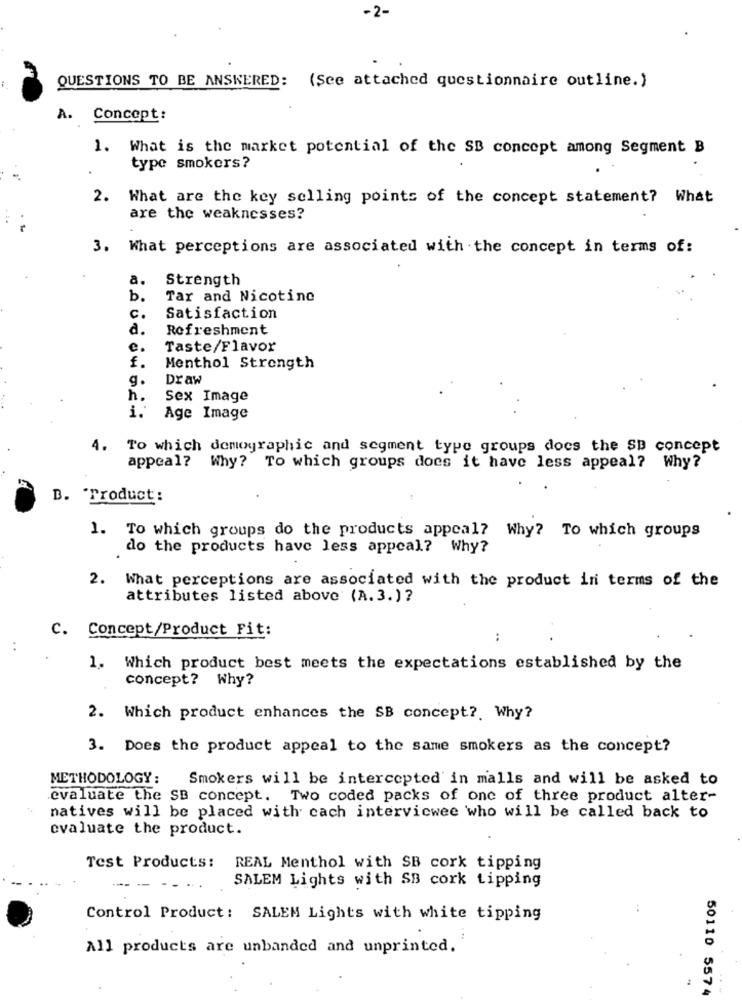
-2-
QUESTIONS TO BE ANSWERED: (See attached questionnaire outline.)
A. Concept:
1. What is the market potential of the SB concept among Segment B
type smokers?
2.
What are the key selling points of the concept statement? What
are the weaknesses?
3. What perceptions are associated with the concept in terms of:
a.
Strength
b.
Tar and Nicotine
C.
Satisfaction
d.
Refreshment
e.
Taste/Flavor
f.
Menthol Strength
g.
Draw
h.
Sex Image
i.
Age Image
4. To which demographic and segment type groups does the SB concept
appeal?
Why? To which groups does it have less appeal? Why?
B. 'Product:
1. To which groups do the products appeal? Why? To which groups
do the products have less appeal? Why?
2. What perceptions are associated with the product in terms of the
attributes listed above (A.3.)?
C. Concept/Product Fit:
:
1. Which product best meets the expectations established by the
concept? Why?
2. Which product enhances the SB concept ?. Why?
3. Does the product appeal to the same smokers as the concept?
METHODOLOGY:
Smokers will be intercepted in malls and will be asked to
evaluate the SB concept. Two coded packs of one of three product alter-
natives will be placed with cach interviewee who will be called back to
evaluate the product.
Test Products: REAL Menthol with SB cork tipping
SALEM Lights with SB cork tipping
Control Product : SALEM Lights with white tipping
All products are unbanded and unprinted.
50110 5574